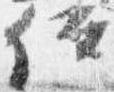
位